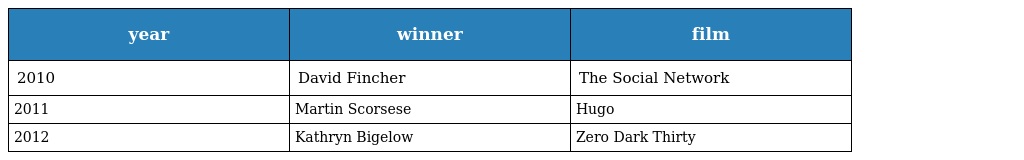
| year | winner | film |
 | --- | --- | --- |
 | 2010 | David Fincher | The Social Network |
 | 2011 | Martin Scorsese | Hugo |
 | 2012 | Kathryn Bigelow | Zero Dark Thirty |